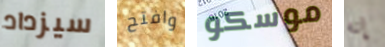
سيزداد وافتح موسكو إنه